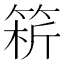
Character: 𥮥